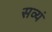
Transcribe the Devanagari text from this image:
सव्यं